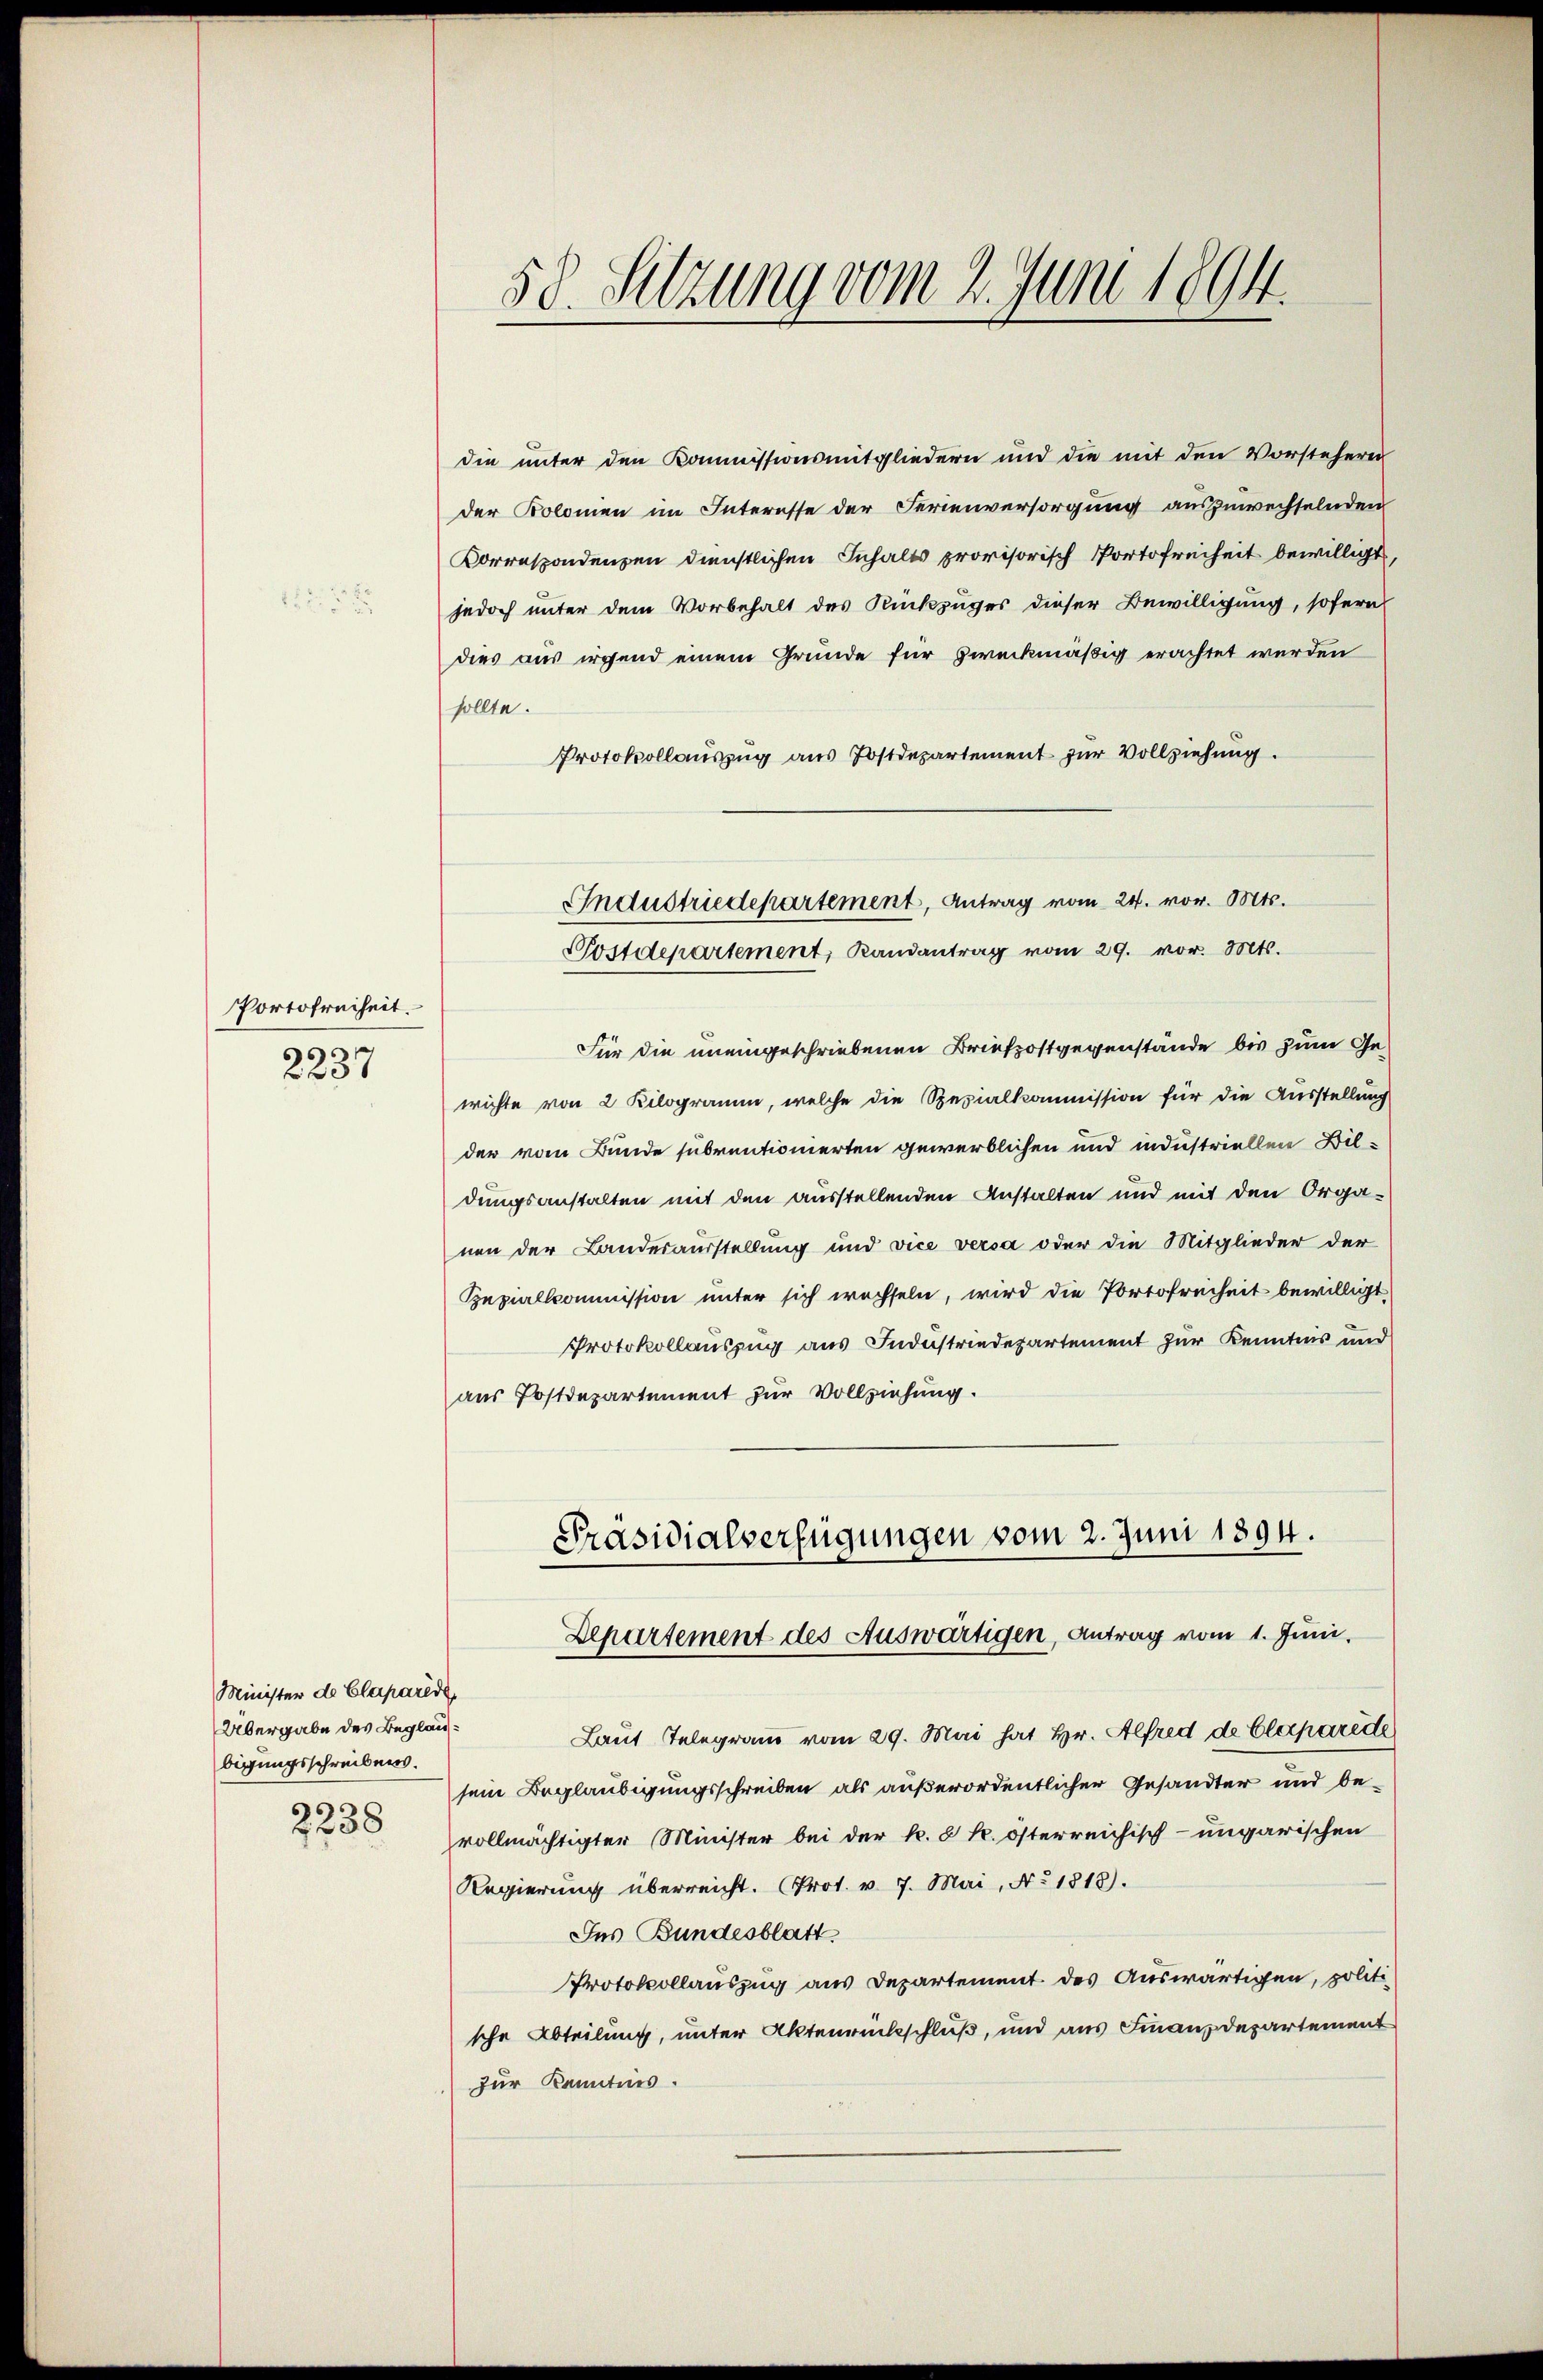
Portofreiheit.
93
625

Minister de Claparire
Übergabe des Beglaubigungsschreibens.
2238

58. Setzung vom 2. Juni 1894.

die unter den Kommissionsmitgliedern und die mit den Vorstehern
der Bolomen im Interesse der Ferienversorgung auszuwechselnden
Korrespondenzen dienstlichen Inhalts provisorisch Portofreiheit bewilligt
jedoch unter dem Vorbehalt des Rückzuges dieser Bewilligung, sofern
dies aus irgend einem Grunde für zweckmäßig erachtet werden
sollte.
Protokollauszug aus Postdepartement zur Vollziehung.
Für die uneingeschriebenen Briefpostgegenstände bis zum Gewichte von 2 Kilogramm, welche die Spezialkommission für die Ausstellung
der vom Bunde subventionierten gewerblichen und industriellen Bildungsanstalten mit den ausstellenden Anstalten und mit den Organen der Landesausstellung und vice versa oder die Mitglieder der
Speziallcommission unter sich wechseln, wird die Portofreiheit bewilligt
Protokollauszug aus Industriedepartement zur Kenntnis und
aus Postdepartement zur Vollziehung.
Präsidialverfügungen vom 2. Juni 1894.
Departement des Auswärtigen, Antrag vom 1. Juni.
Laut Telegram vom 29. Mai hat Hr. Alfred de Claparede
sein Beglaubigungsschreiben als außerordentlicher Gesandter und bevollmächtigter Minister bei der k. k. österreichisch-ungarischen
Regierung überreicht. Prot. v. 7. Mai, Ao 1818.
Ins Bundesblatt
Protokollauszug aus Departement des Auswärtigen, politische Abteilung, unter Aktenrückschluß, und aus Finanzdepartement
zur Kenntnis.

Industriedepartement, Antrag vom 24. vor. Mts.
Postdepartement, Randantrag vom 29. vor. Mts.